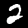
Digit: 2